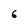
Character: 6